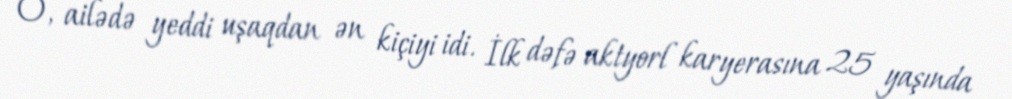
O, ailədə yeddi uşaqdan ən kiçiyi idi. İlk dəfə aktyorl karyerasına 25 yaşında